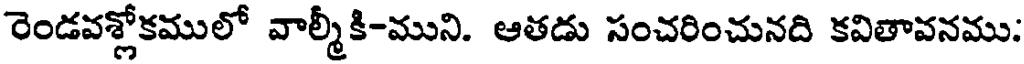
రెండవశ్లోకములో వాల్మీకి-ముని. ఆతడు సంచరించునది కవితావనము: